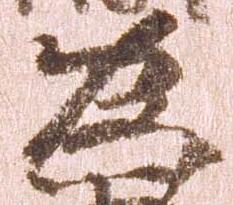
為